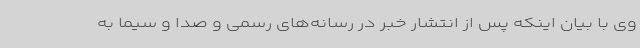
وی با بیان اینکه پس از انتشار خبر در رسانه‌های رسمی و صدا و سیما به